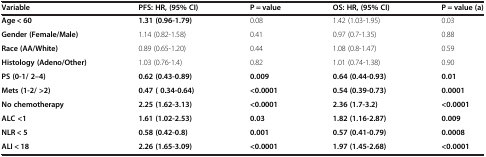
<table><thead><tr><td><b>Variable</b></td><td><b>PFS: HR, (95% CI)</b></td><td><b>P = value</b></td><td><b>OS: HR, (95% CI)</b></td><td><b>P = value (a)</b></td></tr></thead><tbody><tr><td><b>Age &lt; 60</b></td><td><b>1.31 (0.96-1.79)</b></td><td>0.08</td><td>1.42 (1.03-1.95)</td><td>0.03</td></tr><tr><td><b>Gender (Female/Male)</b></td><td>1.14 (0.82-1.58)</td><td>0.41</td><td>0.97 (0.7-1.35)</td><td>0.88</td></tr><tr><td><b>Race (AA/White)</b></td><td>0.89 (0.65-1.20)</td><td>0.44</td><td>1.08 (0.8-1.47)</td><td>0.59</td></tr><tr><td><b>Histology (Adeno/Other)</b></td><td>1.03 (0.76-1.4)</td><td>0.82</td><td>1.01 (0.74-1.38)</td><td>0.90</td></tr><tr><td><b>PS (0-1/ 2–4)</b></td><td><b>0.62 (0.43-0.89)</b></td><td><b>0.009</b></td><td><b>0.64 (0.44-0.93)</b></td><td><b>0.01</b></td></tr><tr><td><b>Mets (1-2/ &gt;2)</b></td><td><b>0.47 ( 0.34-0.64)</b></td><td><b>&lt;0.0001</b></td><td><b>0.54 (0.39-0.73)</b></td><td><b>0.0001</b></td></tr><tr><td><b>No chemotherapy</b></td><td><b>2.25 (1.62-3.13)</b></td><td><b>&lt;0.0001</b></td><td><b>2.36 (1.7-3.2)</b></td><td><b>&lt;0.0001</b></td></tr><tr><td><b>ALC &lt;1</b></td><td><b>1.61 (1.02-2.53)</b></td><td><b>0.03</b></td><td><b>1.82 (1.16-2.87)</b></td><td><b>0.009</b></td></tr><tr><td><b>NLR &lt; 5</b></td><td><b>0.58 (0.42-0.8)</b></td><td><b>0.001</b></td><td><b>0.57 (0.41-0.79)</b></td><td><b>0.0008</b></td></tr><tr><td><b>ALI &lt; 18</b></td><td><b>2.26 (1.65-3.09)</b></td><td><b>&lt;0.0001</b></td><td><b>1.97 (1.45-2.68)</b></td><td><b>&lt;0.0001</b></td></tr></tbody></table>